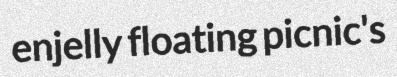
enjelly floating picnic's